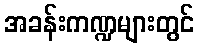
အခန်းကဏ္ဍများတွင်